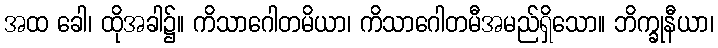
အထ ခေါ၊ ထိုအခါ၌။ ကိသာဂေါတမိယာ၊ ကိသာဂေါတမီအမည်ရှိသော။ ဘိက္ခုနီယာ၊